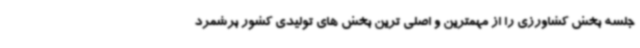
جلسه بخش کشاورزی را از مهمترین و اصلی ترین بخش های تولیدی کشور برشمرد